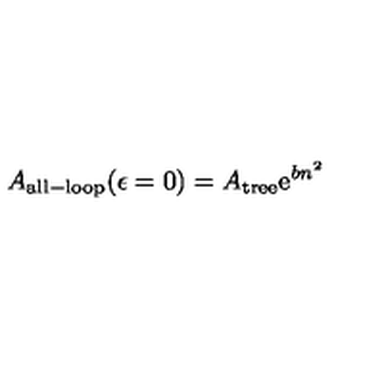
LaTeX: A _ { \mathrm { a l l - l o o p } } ( \epsilon = 0 ) = A _ { \mathrm { t r e e } } \mathrm { e } ^ { b n ^ { 2 } }